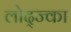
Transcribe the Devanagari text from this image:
लोद्ज्का